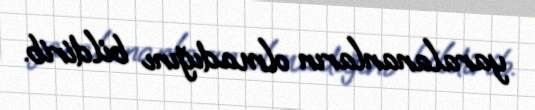
yaralananların olmadığını bildirib.